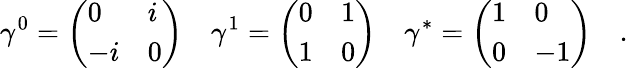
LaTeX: \gamma^{0}=\left(\begin{array}{ll}{{0}}&{{i}}\\ {{-i}}&{{0}}\end{array}\right)\quad\gamma^{1}=\left(\begin{array}{ll}{{0}}&{{1}}\\ {{1}}&{{0}}\end{array}\right)\quad\gamma^{*}=\left(\begin{array}{ll}{{1}}&{{0}}\\ {{0}}&{{-1}}\end{array}\right)\quad.